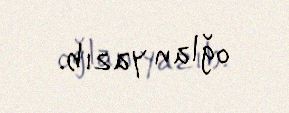
oğlan yazıb.